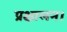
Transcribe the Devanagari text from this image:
प्रक्षालन।